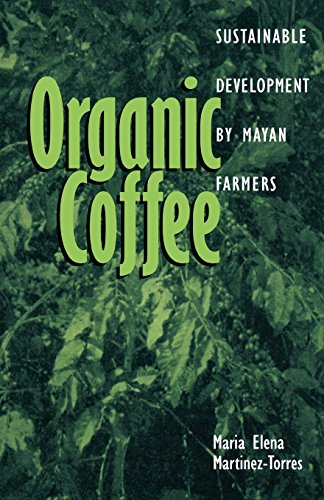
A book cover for Organic Coffee: Sustainable Development by Mayan Farmers (Ohio RIS Latin America Series); Maria Elena Martinez-Torres; Science & Math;